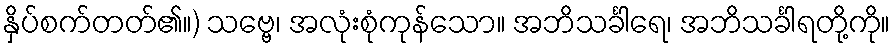
နှိပ်စက်တတ်၏။) သဗ္ဗေ၊ အလုံးစုံကုန်သော။ အဘိသင်္ခါရေ၊ အဘိသင်္ခါရတို့ကို။